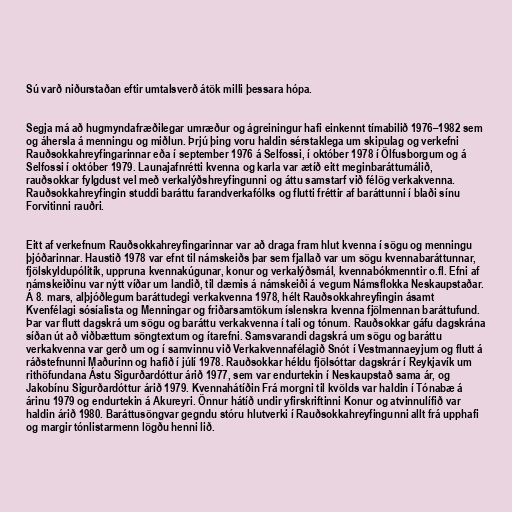
Sú varð niðurstaðan eftir umtalsverð átök milli þessara hópa.

Segja má að hugmyndafræðilegar umræður og ágreiningur hafi einkennt tímabilið 1976–1982 sem
og áhersla á menningu og miðlun. Þrjú þing voru haldin sérstaklega um skipulag og verkefni
Rauðsokkahreyfingarinnar eða í september 1976 á Selfossi, í október 1978 í Ölfusborgum og á
Selfossi í október 1979. Launajafnrétti kvenna og karla var ætíð eitt meginbaráttumálið,
rauðsokkar fylgdust vel með verkalýðshreyfingunni og áttu samstarf við félög verkakvenna.
Rauðsokkahreyfingin studdi baráttu farandverkafólks og flutti fréttir af baráttunni í blaði sínu
Forvitinni rauðri.

Eitt af verkefnum Rauðsokkahreyfingarinnar var að draga fram hlut kvenna í sögu og menningu
þjóðarinnar. Haustið 1978 var efnt til námskeiðs þar sem fjallað var um sögu kvennabaráttunnar,
fjölskyldupólitík, uppruna kvennakúgunar, konur og verkalýðsmál, kvennabókmenntir o.fl. Efni af
námskeiðinu var nýtt víðar um landið, til dæmis á námskeiði á vegum Námsflokka Neskaupstaðar.
Á 8. mars, alþjóðlegum baráttudegi verkakvenna 1978, hélt Rauðsokkahreyfingin ásamt
Kvenfélagi sósíalista og Menningar og friðarsamtökum íslenskra kvenna fjölmennan baráttufund.
Þar var flutt dagskrá um sögu og baráttu verkakvenna í tali og tónum. Rauðsokkar gáfu dagskrána
síðan út að viðbættum söngtextum og ítarefni. Samsvarandi dagskrá um sögu og baráttu
verkakvenna var gerð um og í samvinnu við Verkakvennafélagið Snót í Vestmannaeyjum og flutt á
ráðstefnunni Maðurinn og hafið í júlí 1978. Rauðsokkar héldu fjölsóttar dagskrár í Reykjavík um
rithöfundana Ástu Sigurðardóttur árið 1977, sem var endurtekin í Neskaupstað sama ár, og
Jakobínu Sigurðardóttur árið 1979. Kvennahátíðin Frá morgni til kvölds var haldin í Tónabæ á
árinu 1979 og endurtekin á Akureyri. Önnur hátíð undir yfirskriftinni Konur og atvinnulífið var
haldin árið 1980. Baráttusöngvar gegndu stóru hlutverki í Rauðsokkahreyfingunni allt frá upphafi
og margir tónlistarmenn lögðu henni lið.